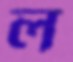
ল